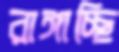
রাঙ্গাচ্ছি